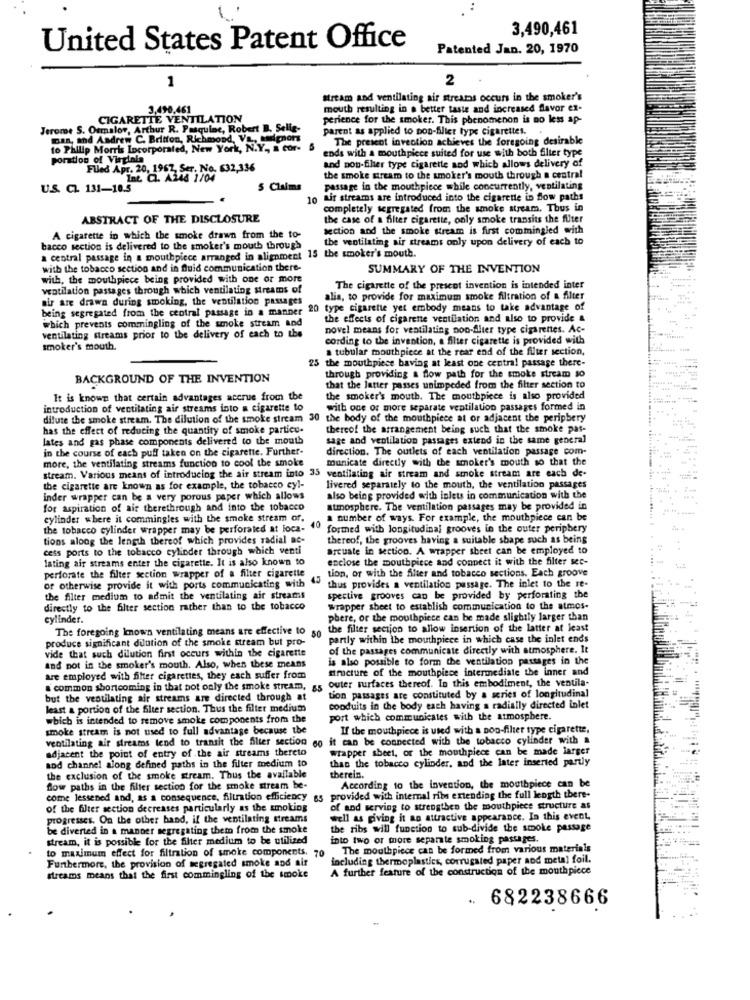
3,490,461
United States Patent Office
Patented Jan. 20, 1970
1
2
stream and ventilating air streamos occurs in the smoker's
3,490.461
mouth resulting in a better taste and increased flavor ex-
CIGARETTE VENTILATION
perience for the smoker. This phenomenon is no less ap-
Jerome S. Osmalor, Arthur R. Pasquine, Robert B. Selig-
parent as applied to pon-filter type cigarettes. .
man, and Andrew C. Britton, Richmond, Va ., telenors
The present invention achieves the foregoing desirable
to Philip Morris Incorporated, New York, N.Y ., a cor-
ends with a mouthpiece suited for use with both filter type
poration of Virginia
Filed Apr. 20, 1962, Ser. No. 632,336
and non-filter type cigarette and which allows delivery of
Int. C. A148 1/04
the smoke stream to the smoker's mouth through a central
U.S. CL. 131-10.5
5 Claim
passage in the mouthpiece while concurrently, ventilating
10 tir streams are introduced into the cigarette in flow paths
completely segregated from the smoke stream. Thus in
ABSTRACT OF THE DISCLOSURE
the case of a filter cigarette, only smoke transits the futer
section and the smoke stream is first commingled with
A cigarette in which the smoke drawn from the to-
the ventilating air streams only upon delivery of each to
bacco section is delivered to the smoker's mouth through
a central passage in a mouthpiece arranged in alignment 15 the smoker's mouth.
with the tobacco section and in fluid communication there-
SUMMARY OF THE INVENTION
with, the mouthpiece being provided with one or more
ventilation passages through which ventilating streams of
The cigarette of the present invention is intended inter
air are drawn during smoking, the ventilation passages
alia, to provide for maximum smoke filtration of a filter
being segregated from the central passage in a manner
20 type cigarette yet embody means to take advantage of
which prevents commingling of the smoke stream and
the effects of cigarette ventilation and also to provide &
ventilating Streams prior to the delivery of each to the
novel means for ventilating poo-flier type cigarettes. Ac-
cording to the invention, a filter cigarette is provided with
smoker's mouth.
a tubular mouthpiece at the rear end of the filter section,
25 the mouthpiece having at least one central passage there-
BACKGROUND OF THE INVENTION
through providing a flow path for the smoke stream so
that the latter passes unimpeded from the filter section to
It is known that certain advantages accrue from the
the smoker's mouth. The mouthpiece is also provided
introduction of ventilating air streams into a cigarette to
with one or more separate ventilation passages formed in
dilute the smoke stream. The dilution of the smoke stream 30 the body of the mouthpiece at or adjacent the periphery
has the effect of reducing the quantity of smoke particu-
thereof the arrangement being such that the smoke pas-
lates and gas phase components delivered to the mouth
sage and ventilation passages extend in the same general
in the course of each puff taken on the cigarette. Further-
direction. The outlets of each ventilation passage com-
more, the ventilating streams function to cool the smoke
municate directly with the smoker's mouth so that the
stream. Various means of introducing the air stream into 35 ventilating air stream and smoke stream are each de-
the cigarette are known as for example, the tobacco eyl-
livered separately to the mouth, the ventilation passages
inder wrapper can be a very porous paper which allows
also being provided with inlets in communication with the
for aspiration of air therethrough and into the tobacco
atmosphere. The ventilation passages may be provided in
cylinder where it commingles with the smoke stream of.
a number of ways. For example, the mouthpiece can be
the tobacco cylinder wrapper may be perforated at loca-
40
formed with longitudinal grooves in the outer periphery
tions along the length thereof which provides radial ac-
thereof, the grooves having a suitable shape such as being
cess ports to the tobacco cylinder through which venti
arcuate in section. A wrapper sheet can be employed to
lating air streams enter the cigarette. It is also known to
enclose the mouthpiece and connect it with the filter sec-
top, or with the filter and tobacco sections. Each groove
perforate the filter section wrapper of a filter cigarette
45
of otherwise provide it with ports communicating with
thus provides a ventilation passage. The inlet to the re-
the filter medium to admit the ventilating air streams
spective grooves can be provided by perforating the
directly to the filter section rather than to the tobacco
wrapper sheet to establish communication to the atmos-
cylinder.
phere, or the mouthpiece can be made slightly larger than
The foregoing known ventilating means are effective to 50
the filter section to allow insertion of the latter at least
produce significant dilution of the smoke stream but pro-
partly within ibe mouthpiece in which case the inlet ends
vide that such dilution first occurs within the cigarette
of the passages communicate directly with atmosphere. It
is also possible to form the ventilation pastages in the
and not in the smoker's mouth. Also, when these means
structure of the mouthpiece intermediate the inner and
are employed with filter cigarettes, they each suffer from
a common shortcoming in that not only the smoke stream, as outer surfaces thereof. In this embodiment, the ventila-
but the ventilating air streams are directed through at
tion passages are constituted by a series of longitudinal
least & portion of the filter section. Thus the filter medium
conduits in the body each having a radially directed inlet
which is intended to remove smoke components from the
port which communicates with the atmosphere.
smoke stream is not used to full advantage because the
If the mouthpiece is used with a non-filter type cigarette,
ventilating air streams tend to transit the filter section 6o it can be connected with the tobacco cylinder with a
adjacent the point of entry of the air streams thereto
wrapper sheet, or the mouthpiece can be made larger
than the tobacco cylinder, and the later inserted partly
aod channel along defined paths in the filter medium to
the exclusion of the smoke stream. Thus the available
therein.
flow paths in the filter section for the smoke stream be-
According to the invention, the mouthpiece can be
come lessened and, as a consequence, filtration efficiency 65 provided with internal ribs extending the full length there-
of the filter section decreases particularly as the smoking
of and serving to strengthen the mouthpiece structure as
progresses. On the other hand, if the ventilating streams
well as giving it an attractive appearance. In this event.
be diverted in a manner segregating them from the smoke
the ribs will function to sub-divide the smoke passage
stream, it is possible for the filter medium to be utilized
into two or more separate smoking passages.
to maximum effect for filtration of smoke components. 70 The mouthpiece can be formed from various materials
Furthermore, the provision of segregated smoke and air
including thermoplastics, corrugated paper and metal foil.
A further feature of the construction of the mouthpiece
dreams means that the first commingling of the smoke
.. 682238666